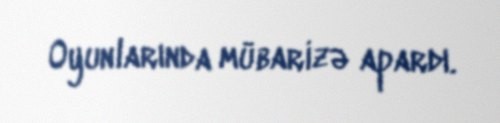
Oyunlarında mübarizə apardı.